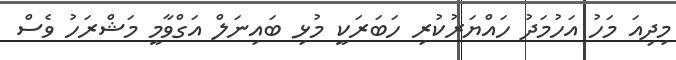
މިދިއަ މަހު އަހުމަދު ހައްޔަރުކުރި ހަބަރަކީ މުޅި ބައިނަލް އަގްވާމީ މަޝްރަހު ވެސް